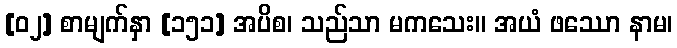
[၀၂] စာမျက်နှာ [၁၅၁] အပိစ၊ သည်သာ မကသေး။ အယံ ဖဿော နာမ၊